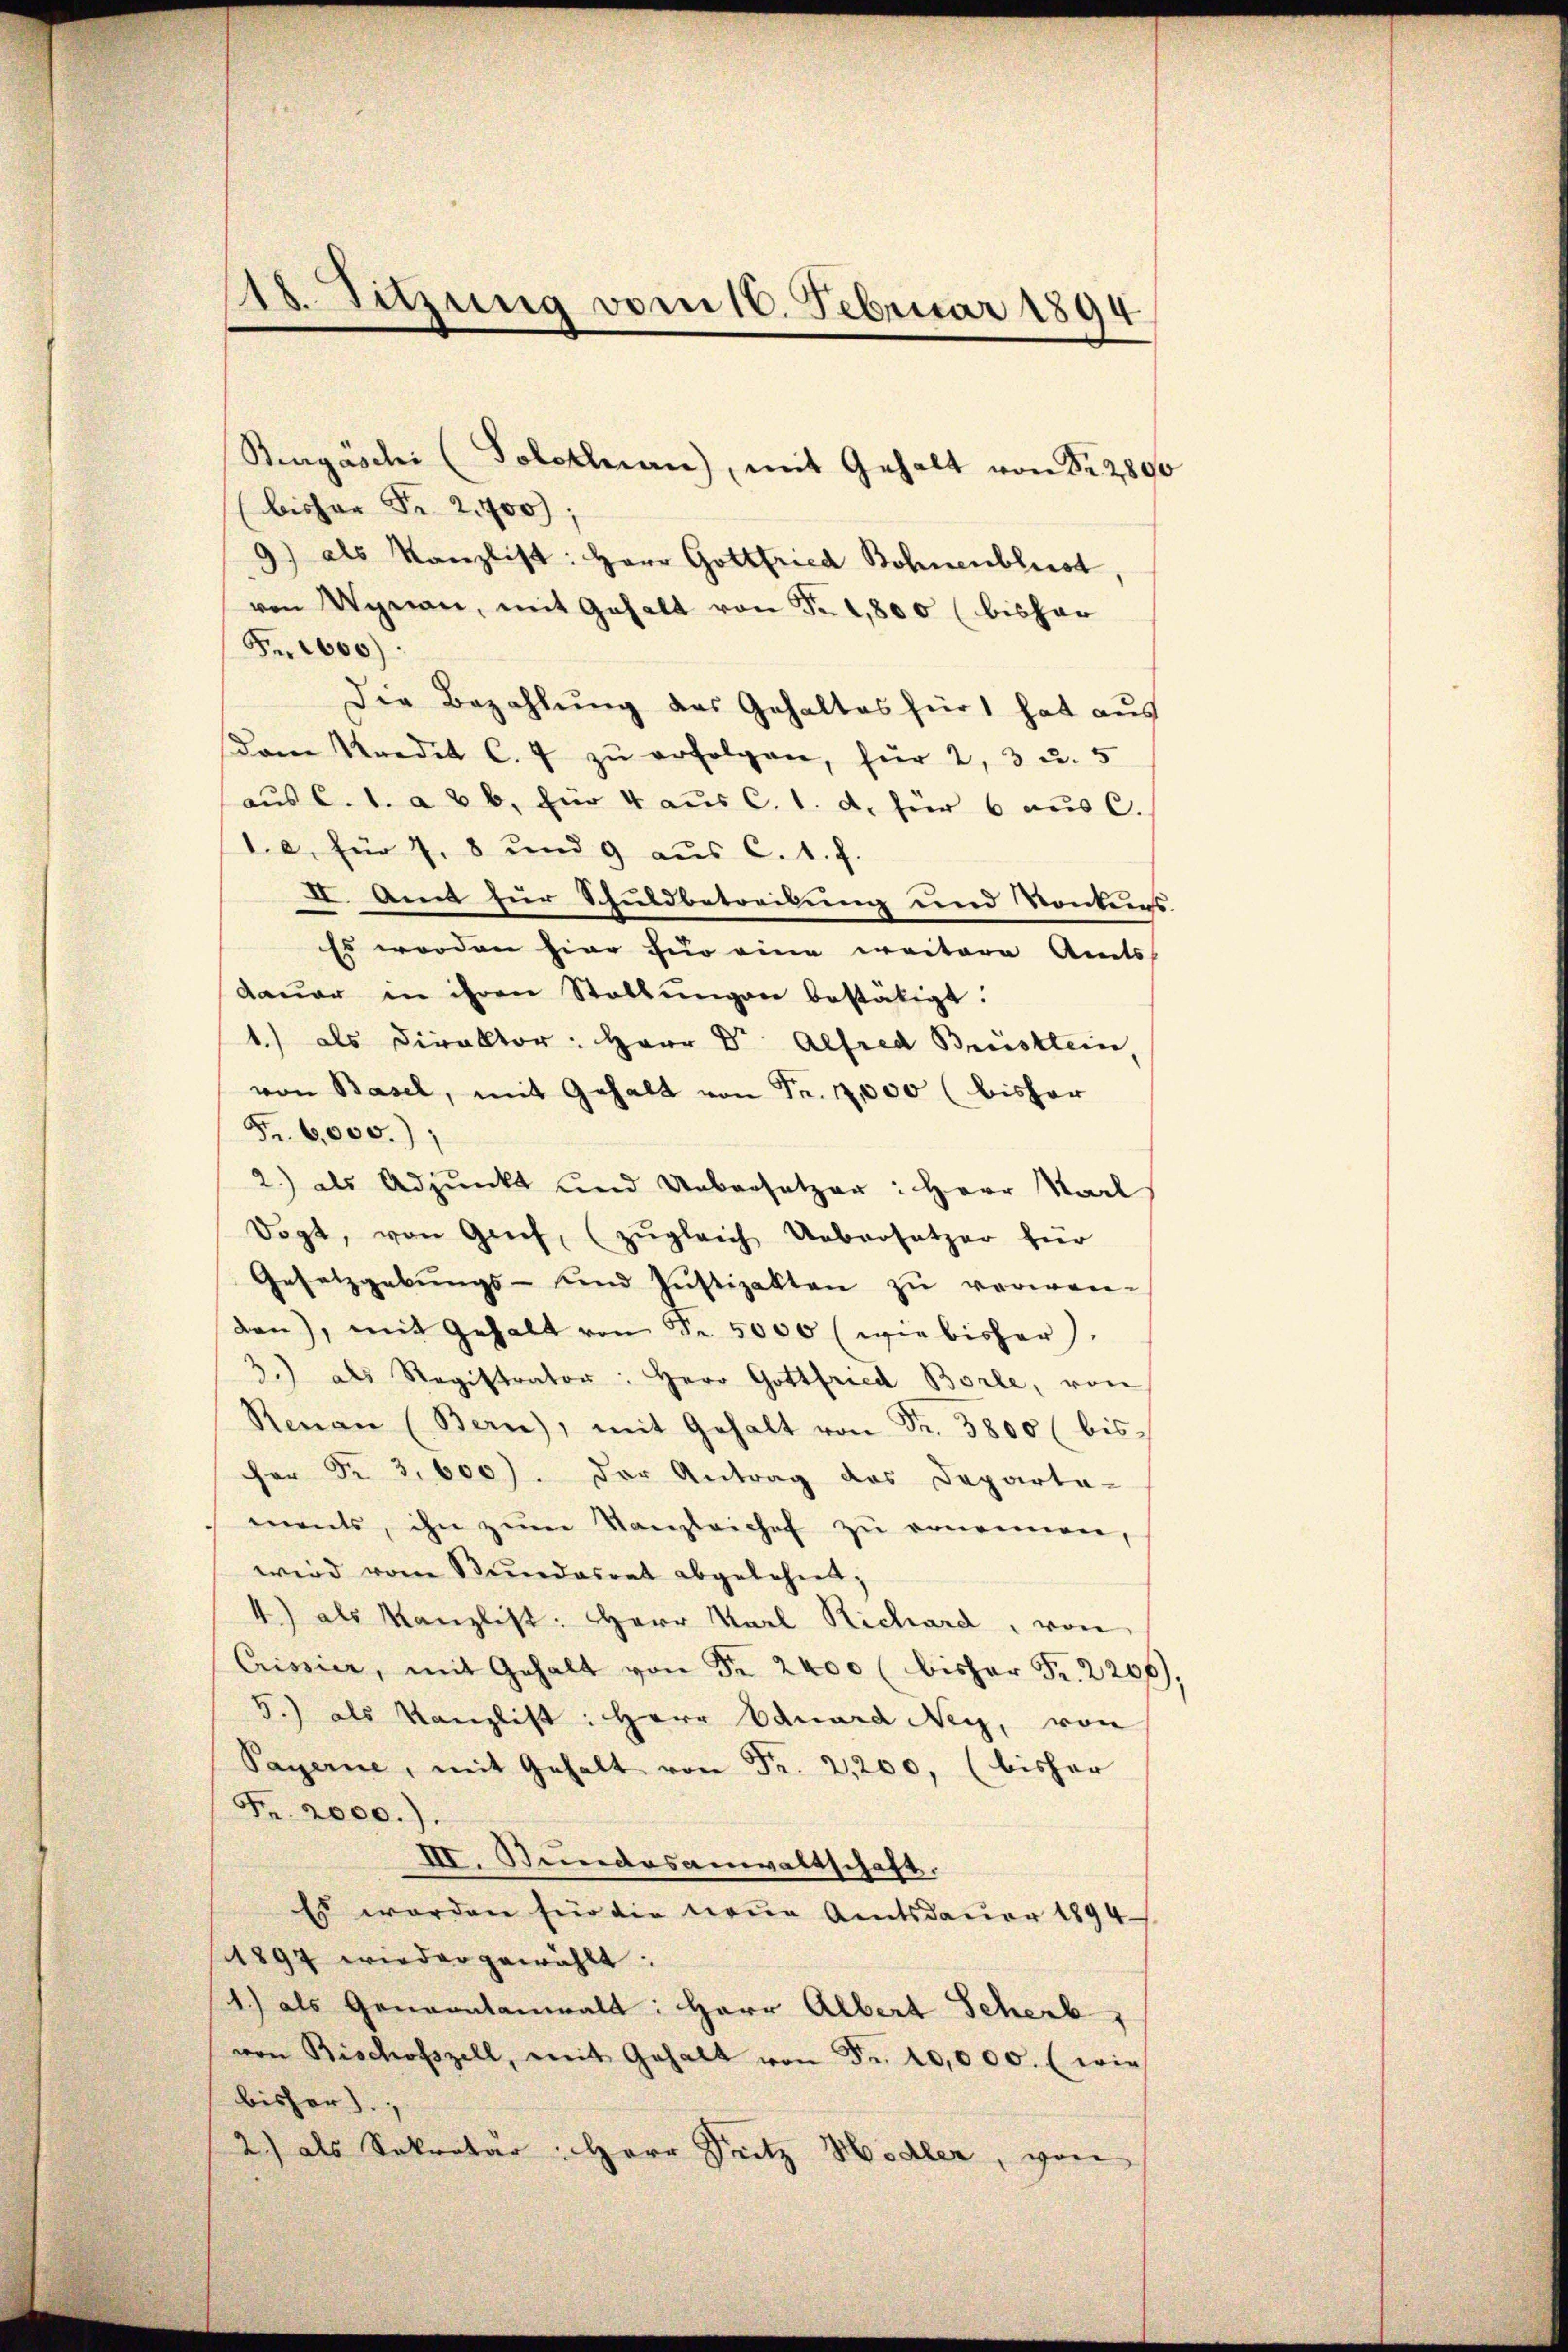
18. Sitzung vom 18. Februar 1894

Bengaschi (Solothurn, mit Gehalt von Fr. 2800
(bisher Fr. 2.700);
9) als Kanzlist: Herr Gottfried Bohnenbliest
von Wynau, mit Gehalt von Fr. 1,800 (bisher
Fr. 1000.
Die Bezahlung des Gehaltes für hat aus
dem Kredit C. u zŭ erfolgen, für 2, 3 u. 5
aus C. 1. a & b. für 4 aus C. 1. d. für 6 aus C.
1.e für Z. 8 und 9 aus C. 1. f.
II. Amt für Schuldbetreibung und Vontens
Es worden hier für eine weitere Amts
daŭer in ihren Stellŭngen bestätigt.
1.) als Direktor: Herr Dr. Alfred Brustlein
von Basel, mit Gehalt von Fr. 17,000 (bisher
Fr. 6000.)
2.) als Adjunkt und Uebersetzer: Herr Karl
Dogt, von Grief, (zŭgleich Uebersetzer für
Gesetzgebungs- und Jŭstizakten zŭ verwen-
den), mit Gehalt von Fr. 5000 (wie bisher).
3.) als Registrator: Herr Gottfried Borle, von
Renau (Bern), mit Gehalt von Fr. 3800 (bis
er Nr. 3, 600). Der Antrag des Departa-
ments, ihn zŭm Kanzleiches zu ernennen,
wird vom Bundesrat abgelehnt;
4) als Kanzlist: Herr Karl Richard, von
Crissier, mit Gehalt von Fr. 2400 (bisher Fr. 2200),
5.) als Kanzlist: Herr Eduard Ney, von
Payerne, mit Gehalt von Fr. 2,200, (bisher
Fr. 2000.).
III. Seidesanwaltschaft.
Es werden für die neue Amtsdauer 1894
1897 wieder gewählt:
1.) als Genaantanwalt: Herr Albert Scherb
von Bischofszell, mit Gehalt von Fr. 10,000. (wie
bisher).
2) als Sekretär Herr Seitz Hodler, von